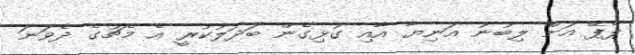
ޕެޕޭ އަށް ލިބުނު އަނިޔާ އާއި ގުޅިގެން ބަދަލުކުރީ އެ މެޗުގެ ދެވަނަ